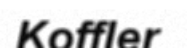
Koffler